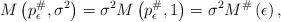
LaTeX: \begin{align*}M\left(p_{\epsilon}^{\#},\sigma^{2}\right)=\sigma^{2}M\left(p_{\epsilon}^{\#},1\right)=\sigma^{2}M^{\#}\left(\epsilon\right),\end{align*}